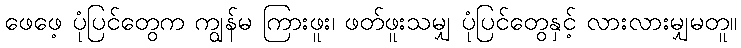
ဖေဖေ့ ပုံပြင်တွေက ကျွန်မ ကြားဖူး၊ ဖတ်ဖူးသမျှ ပုံပြင်တွေနှင့် လားလားမျှမတူ။